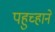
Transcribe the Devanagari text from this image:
पहुच्हाने